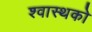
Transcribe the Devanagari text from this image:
श्वास्थको